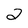
Character: 2